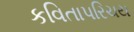
કવિતાપરિચય